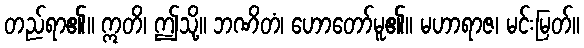
တည်ရာ၏။ ဣတိ၊ ဤသို့။ ဘဏိတံ၊ ဟောတော်မူ၏။ မဟာရာဇ၊ မင်းမြတ်။